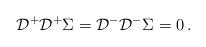
LaTeX: \begin{align*}{\cal D}^+{\cal D}^+\Sigma={\cal D}^-{\cal D}^-\Sigma=0\,.\end{align*}